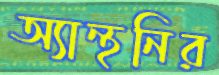
অ্যান্থনির